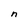
Character: n